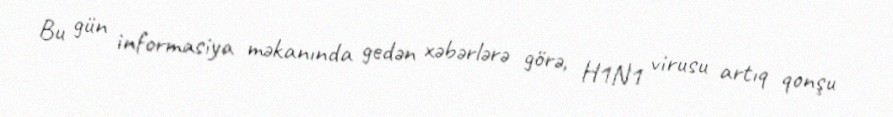
Bu gün informasiya məkanında gedən xəbərlərə görə, H1N1 virusu artıq qonşu